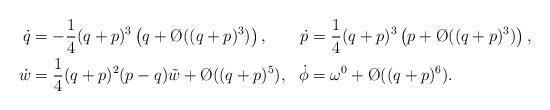
LaTeX: \begin{align*}\begin{aligned}\dot q & = -\frac{1}{4}(q+p)^3 \left(q+ \O((q+p)^3)\right), &\dot p & = \frac{1}{4}(q+p)^3 \left(p+ \O((q+p)^3)\right),\\ \dot w & = \frac{1}{4}(q+p)^2(p-q)\tilde w + \O((q+p)^5), &\dot \phi & = \omega^0 + \O((q+p)^6).\end{aligned}\end{align*}